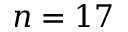
n = 1 7